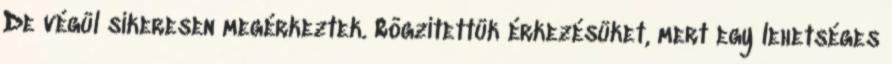
De végül sikeresen megérkeztek. Rögzítettük érkezésüket, mert egy lehetséges